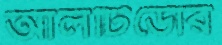
আলটিডোর